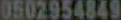
0502954849